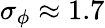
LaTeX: \sigma_{\phi}\approx 1.7